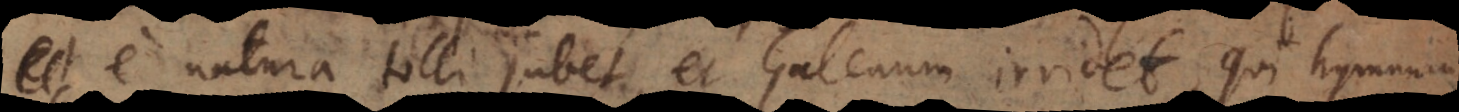
ium e natura tolli jubet, et Galenum irridet, qui hymnum